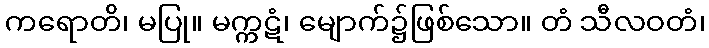
ကရောတိ၊ မပြု။ မက္ကဋံ၊ မျောက်၌ဖြစ်သော။ တံ သီလဝတံ၊